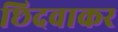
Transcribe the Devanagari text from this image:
छिदवाकर